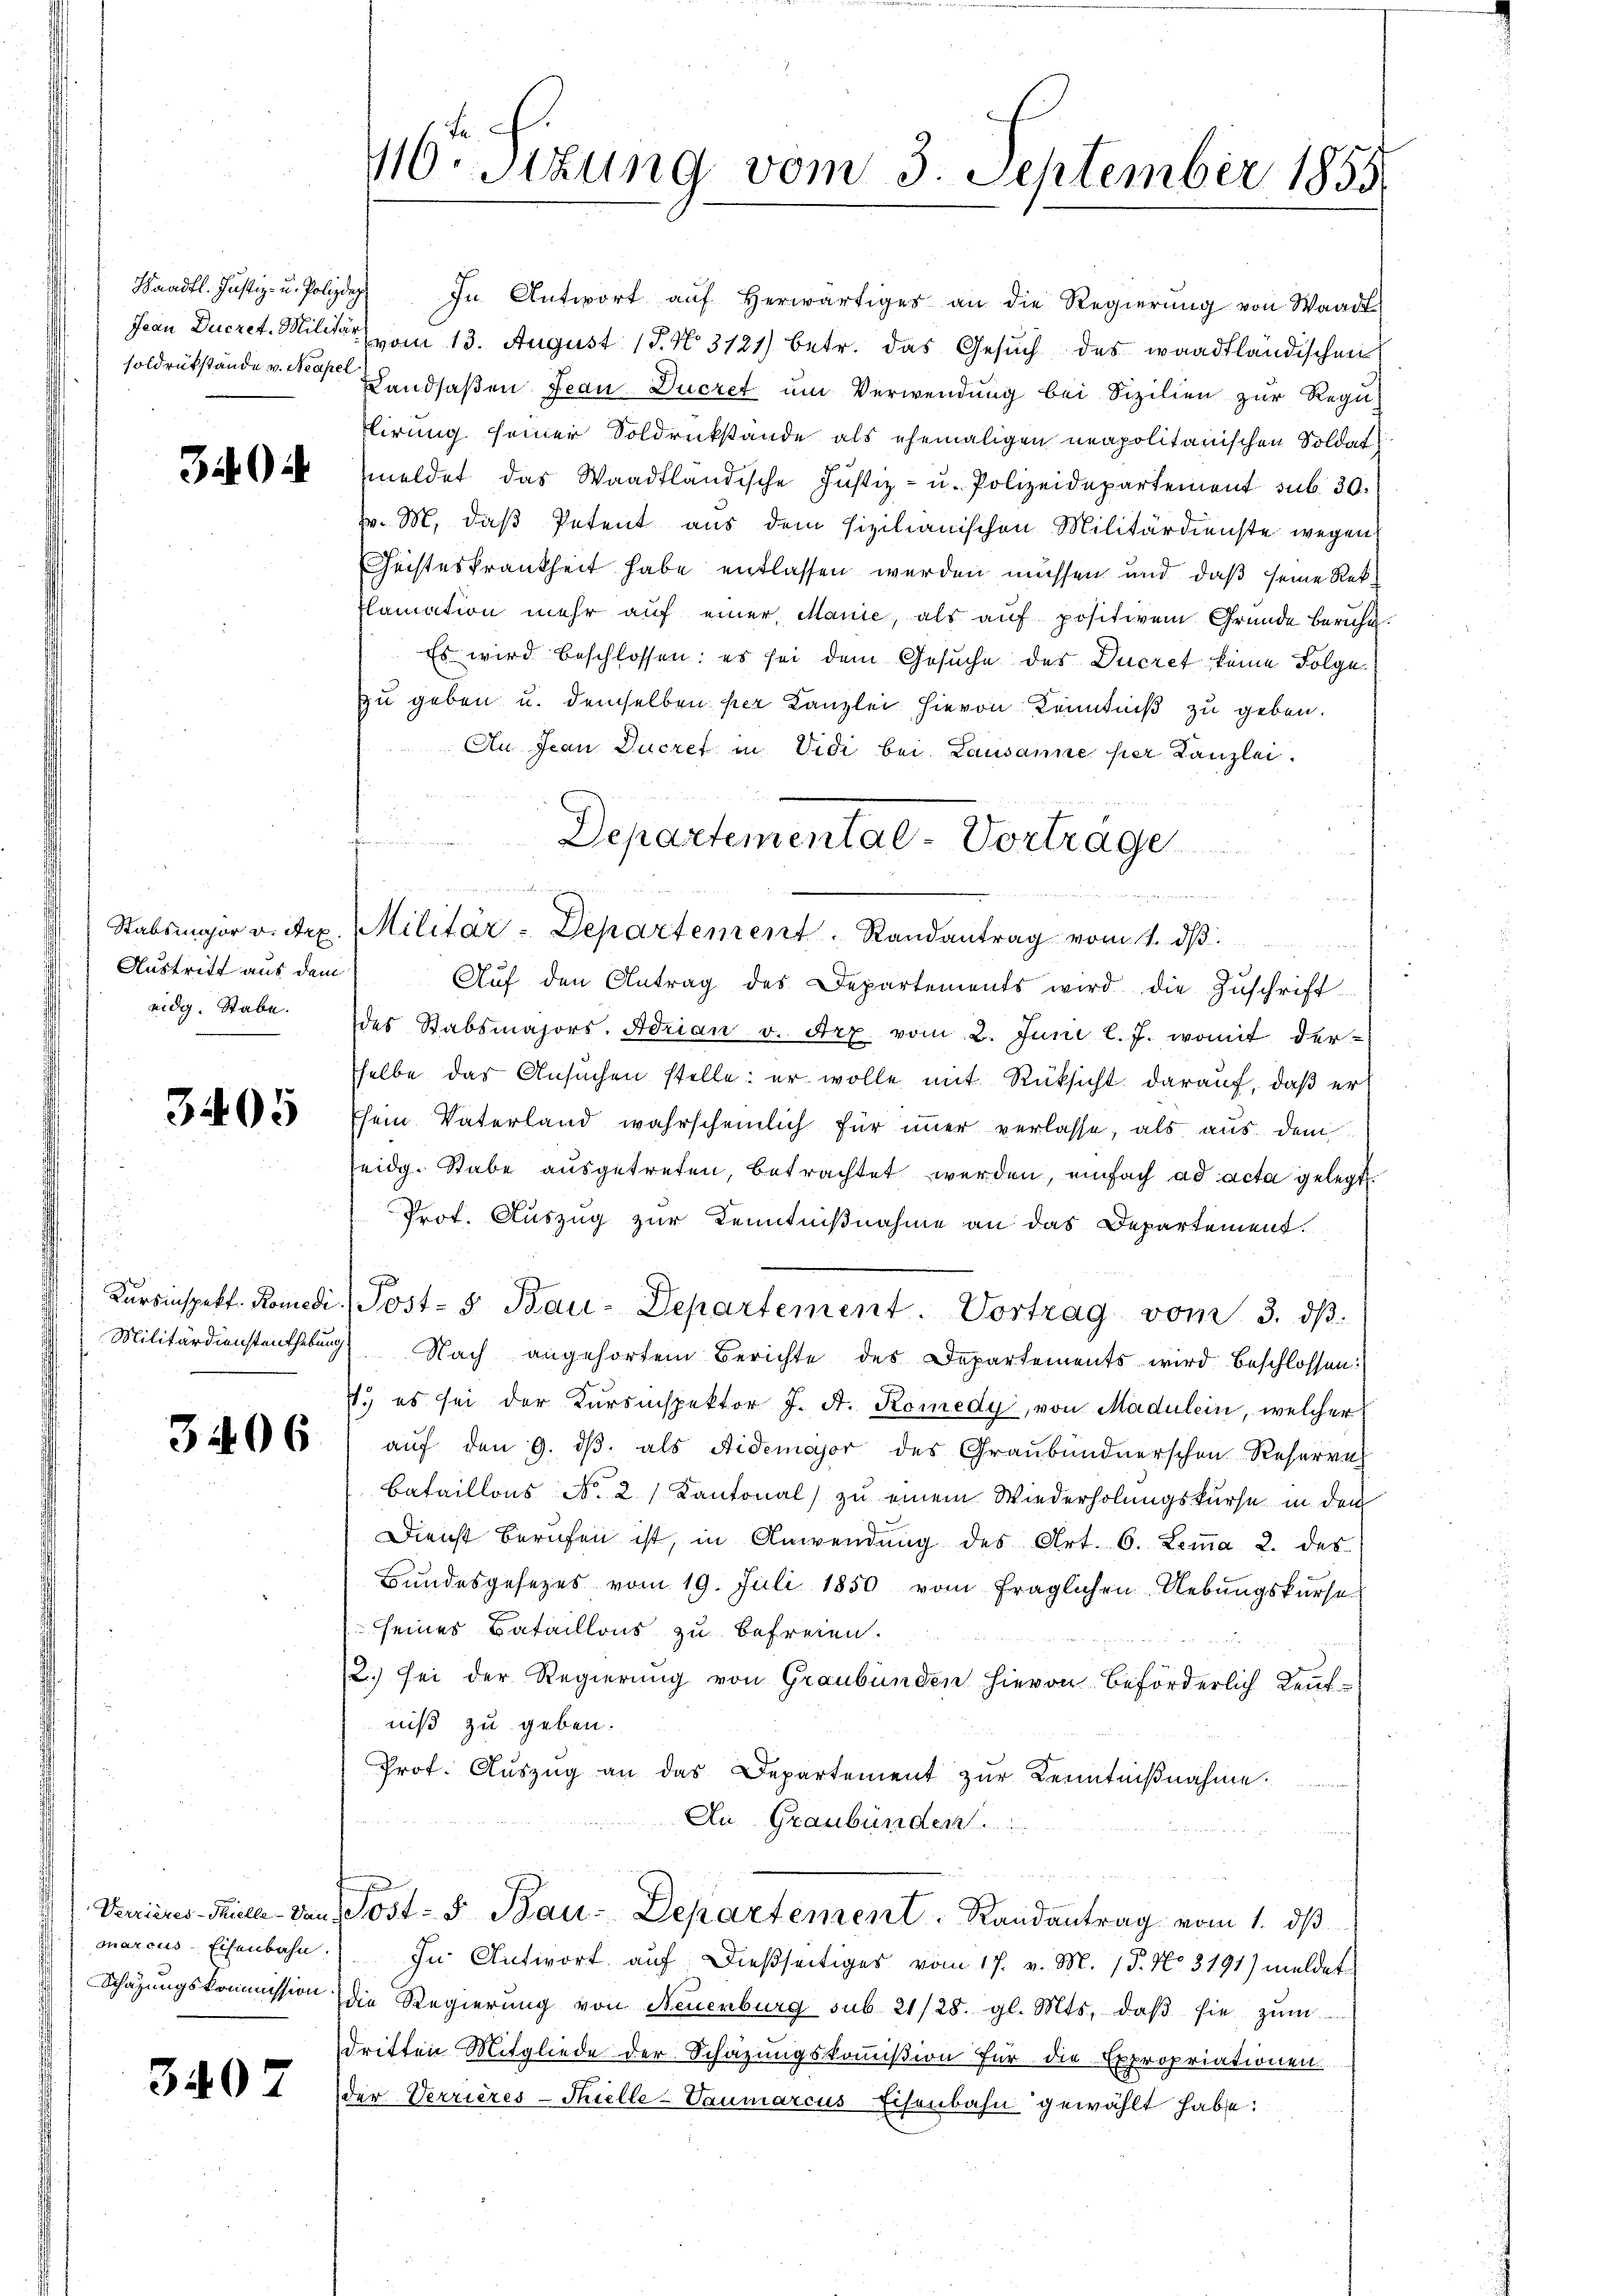
Waadt. Justiz- u. Polizdep
soldrükstände v. Neapel

34 i

Austritt aus dem

3405

3406

Schazungskommission

3407

416. Sizung vom 3. September 1855.

In Antwort aŭf herwärtiges an die Regierŭng von Waadt
Jean Decret. Militar (vom 13. August 18. No. 3121) betr. das Gesuch des waadtländischen
Landsaßen Jean Ducret um Verwendung bei Sizilien zur Regu-
lirung seiner Soldrückstände als ehemaligen neapolitanischen Soldat
meldet das Waadtländische Justiz- u. Polizeidepartement sub. 30.
v. M. daß Petent aus dem sizilianischen Militärdienste wegen
Geisteskrankheit habe entlassen werden müssen und daß seine Rekflamation mehr auf einer Manie, als auf positiven Gründe beruhe.
Es wird beschlossen: es sei dem Gesuche des Decret keine Folge
zu geben u. demselben per Kanzlei hievon Kenntniß zu geben.
An Jean Ducret in Vidi bei Lausanne per Kanzlei.
Departementae-Vorträge
nimmt
 Gener

Stabsmajor v. Sep. Militär - Departement. Randantrag vom 1. ds.

Kŭrsinspekt. Romedi, Post- & Bau-Departement. Vortrag vom 3. dβ.

Aŭf den Antrag des Departements wird die Zŭschrift
eidg. Stabe des Stabsmajors. Adrian v. Art vom 2. Juni l. J. womit der-
sselbe das Ansuchen stelle: er wolle mit Rüksicht darauf, daß er
sein Vaterland wahrscheinlich für immer verlasse, als aus dem
seidg. Stabe ausgetreten, betrachtet werden, einfach ad acta gelegt.
Prot. Auszug zur Kenntnißnahme an das Departement.
g
Militärdienstenthebŭng Nach angehörtem Berichte des Departements wird beschlossen:
71.) es sei der Kursinspektor J. A. Komedy, von Madulein, welcher
auf den 9. dβ. als Aidemajor des Graubündnerschon Reserrech
Bataillons No. 2 Kantonal) zu einem Wiederholungskurse in den
Dienst berufen ist, in Anwendung des Art. 6. Lemma 2. des
Bundesgesezes vom 19. Juli 1850 vom fraglichen Uebungskurse
seines Bataillons zu befreien.
12.) sei der Regierung von Graubünden hievon beförderlich Leut-
niß zu geben.
Prot. Auszug an das Departement zur Kenntnißnahme.
An Graubünden
u
Verrieres Teile den Post- & Bau-Departement. Randantrag vom 1. dβ
marcus Eisenbahn. In Antwort auf dießseitiges vom 17. v. M. 18. No. 3191) meldet
die Regierung von Neuenburg sub 21/28. gl. Mts. daβ sie zŭm
dritten Mitgliede der Schazungskommißion für die Expropriationen.
der Verrieres-Thuelle-Vaumarcus Eisenbahn gewählt habe: